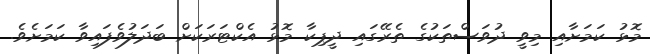
މޮޅު ކަމަށާއި މިވީ ދުވަސްތަކުގެ ތެރޭގައި ދީޕިކާ މޮޅު އެކްޓަރަކަށް ބަދަލުވެފައިވާ ކަމަށެވެ.